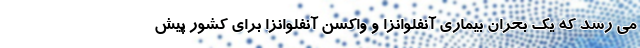
می رسد که یک بحران بیماری آنفلوانزا و واکسن آنفلوانزا برای کشور پیش